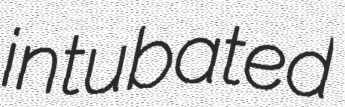
intubated